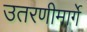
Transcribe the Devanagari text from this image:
उतरणीमार्गे